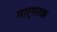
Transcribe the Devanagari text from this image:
मार्गतक